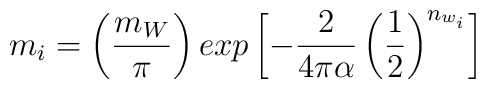
m_i  = \left(\frac{m_W}{\pi}\right)exp\left[-\frac{2}{4\pi\alpha}\left(\frac{1}{2}\right)^{n_{w_i}}\right]